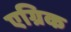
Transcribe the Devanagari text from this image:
एग्रिक